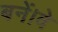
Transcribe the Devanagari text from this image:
बनें।वे